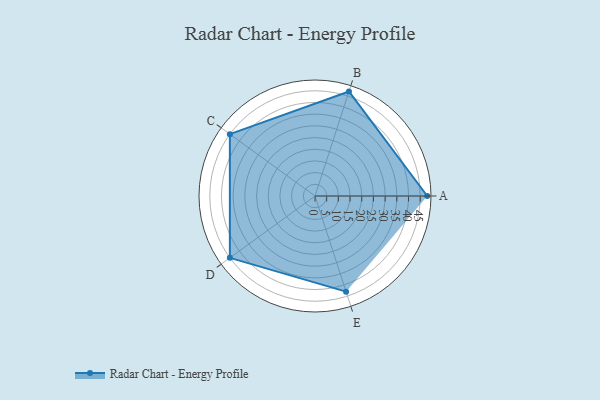
{"axis": {"x": "Skill", "y": "Score"}, "legend": ["Profile"], "data": [{"x": "A", "y": 48.0, "type": "Profile"}, {"x": "B", "y": 47.0, "type": "Profile"}, {"x": "C", "y": 45.0, "type": "Profile"}, {"x": "D", "y": 45.0, "type": "Profile"}, {"x": "E", "y": 43.0, "type": "Profile"}]}